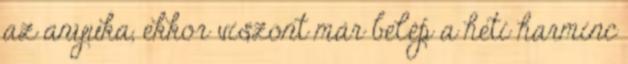
az anyuka, ekkor viszont már belép a heti harminc